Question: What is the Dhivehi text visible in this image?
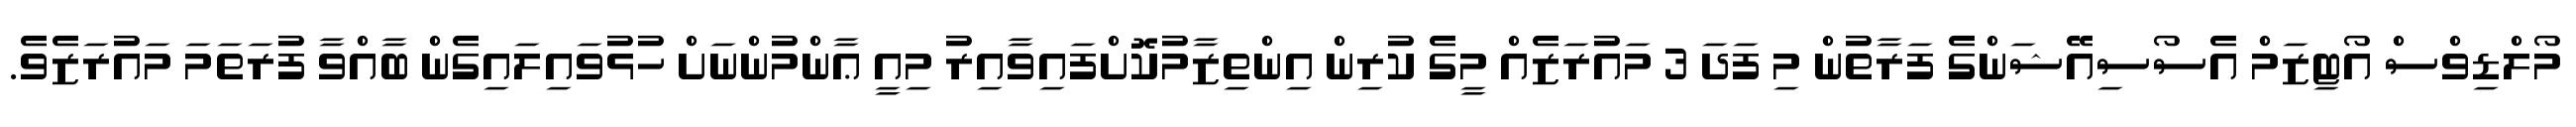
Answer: މޯލްޑިވްސް އޯޓިޒަމް އެސޯސިއޭޝަންގެ ފަރާތުން މި ފަދަ 3 މައުރަޒެއް މީގެ ކުރިން އިންތިޒާމުކޮށްފައިވާއިރު މިއީ ޢާންމުންނަށް ހުޅުވައިލައިގެން ބާއްވާ ފުރަތަމަ މައުރަޒެވެ.